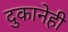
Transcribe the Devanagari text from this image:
दुकानेही